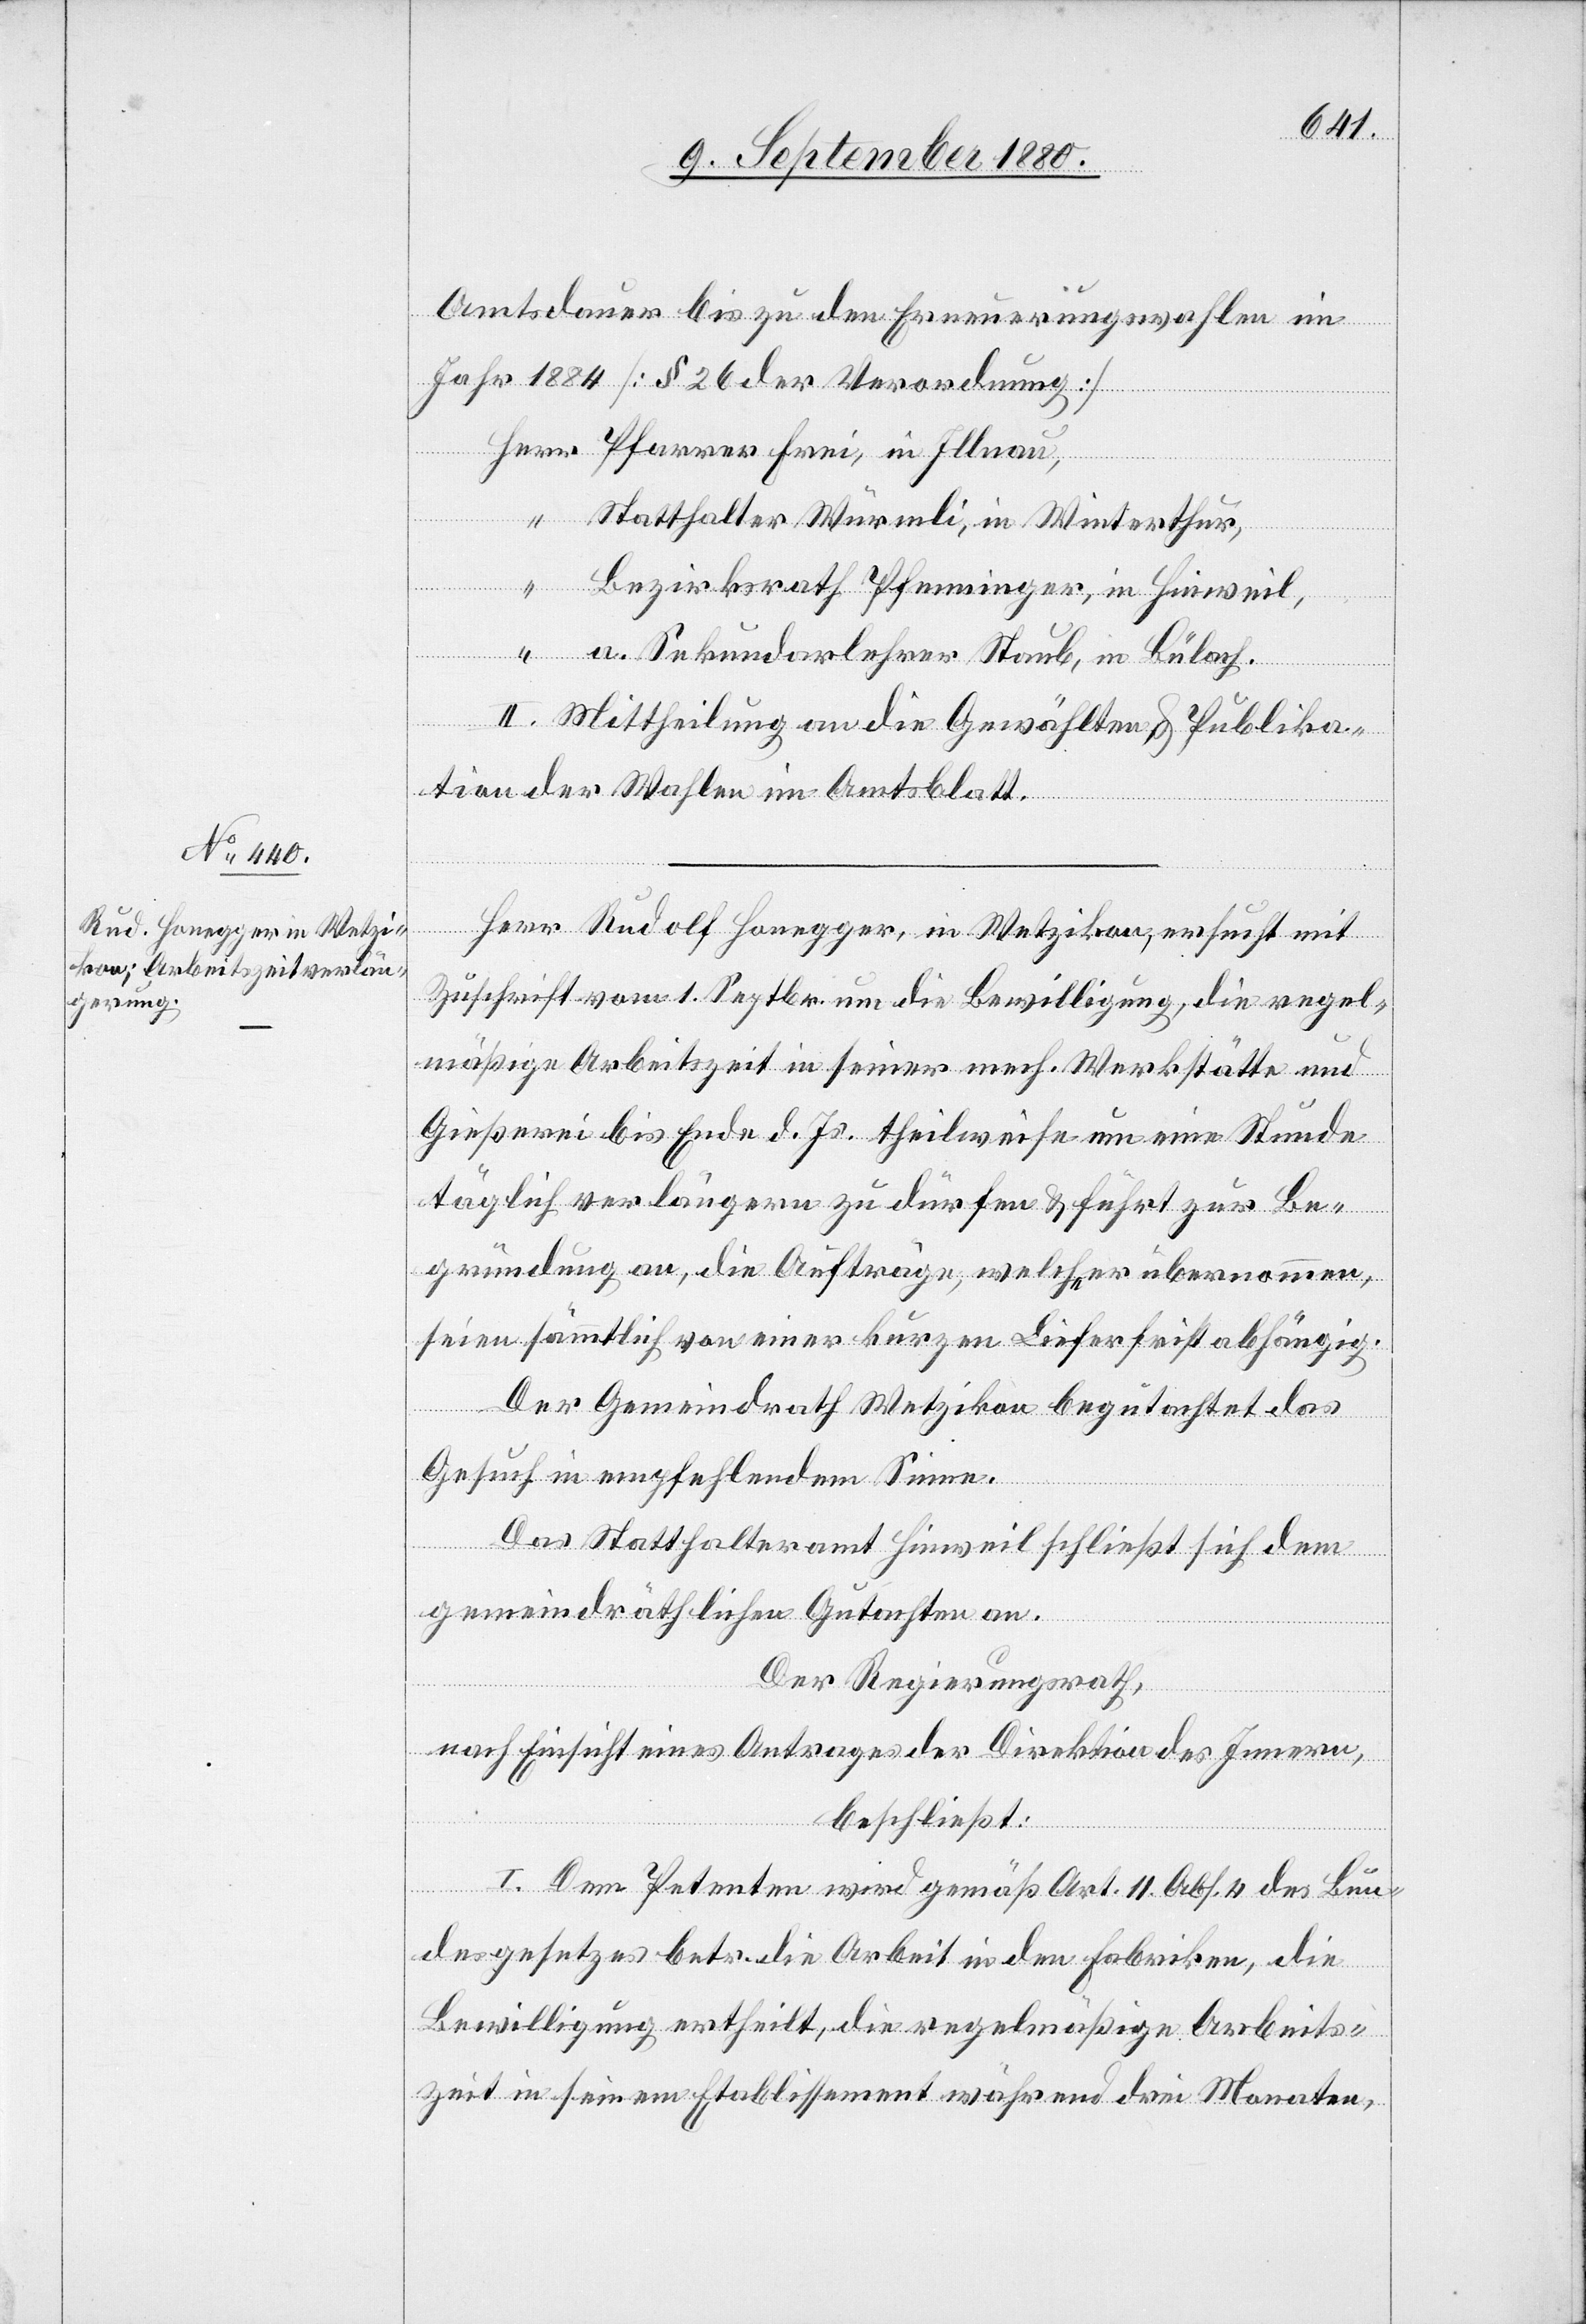
Amtsdauer bis zu den Erneuerungswahlen im
Jahr 1884 [§ 26 der Verordnung]
Pfarrer Frei, in Illnau,
Statthalter Würmli, in Winterthur,
Bezirksrath Pfenninger, in Hinweil,
a. Sekundarlehrer Staub, in Bülach.
II. Mittheilung an die Gewählten & Publika¬
tion der Wahlen im Amtsblatt.
Herr Rudolf Honegger, in Wetzikon, ersucht mit
Zuschrift vom 1. Septbr. um die Bewilligung, die regel¬
mäßige Arbeitszeit in seiner mech. Werkstätte und
Gießerei bis Ende d. Js. theilweise um eine Stunde
täglich verlängern zu dürfen & führt zur Be¬
gründung an, die Aufträge, welche er übernommen,
seien sämmtlich von einer kurzen Lieferfrist abhängig.
Der Gemeindrath Wetzikon begutachtet das
Gesuch in empfehlendem Sinne.
Das Statthalteramt Hinweil schließt sich dem
gemeindräthlichen Gutachten an.
“
Der Regierungsrath,
nach Einsicht eines Antrages der Direktion des Innern,
beschließt:
I. Dem Petenten wird gemäß Art. 11, Abs. 4 des Bun¬
desgesetzes betr. die Arbeit in den Fabriken, die
Bewilligung ertheilt, die regelmäßige Arbeits¬
zeit in seinem Etablissement während drei Monaten,